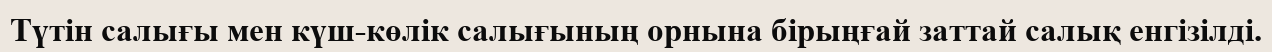
Түтін салығы мен күш-көлік салығының орнына бірыңғай заттай салық енгізілді.